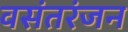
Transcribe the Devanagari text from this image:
वसंतरंजन